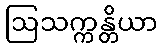
ဩသက္ကန္တိယာ